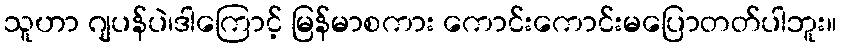
သူဟာ ဂျပန်ပဲ၊ဒါကြောင့် မြန်မာစကား ကောင်းကောင်းမပြောတတ်ပါဘူး။